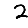
Digit: 2